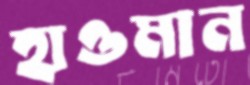
হাওমান